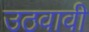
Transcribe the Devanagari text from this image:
उठवावी